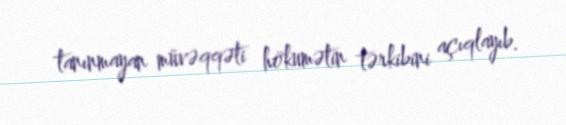
tanınmayan müvəqqəti hökumətin tərkibini açıqlayıb.